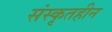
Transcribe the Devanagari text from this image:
संस्कृतहीन